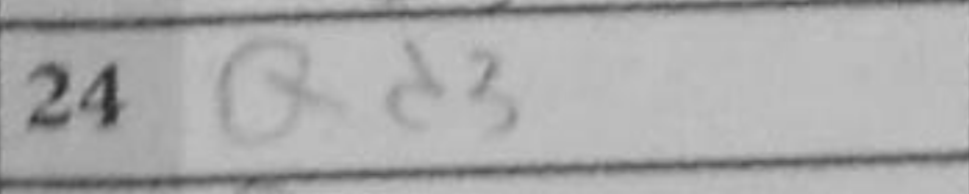
Transcription: Qd3